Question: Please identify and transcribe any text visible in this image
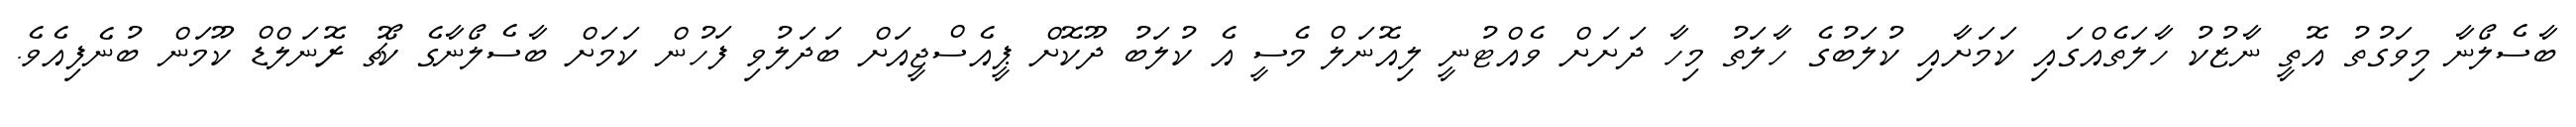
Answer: ބާސެލޯނާ މިވަގުތު އޮތީ ނާޒުކު ހާލަތެއްގައި ކަމަށާއި ކުލަބުގެ ހާލަތު މިހާ ދަށަށް ވެއްޓުނީ ލިއޮނަލް މެސީ އެ ކުލަބު ދޫކޮށް ޕީއެސްޖީއަށް ބަދަލުވި ފަހުން ކަމަށް ބާސެލޯނާގެ ކޯޗު ރޮނަލްޑް ކޫމަން ބުނެފިއެވެ.